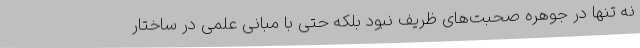
نه تنها در جوهره صحبت‌های ظریف نبود بلکه حتی با مبانی علمی در ساختار